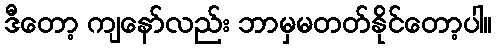
ဒီတော့ ကျနော်လည်း ဘာမှမတတ်နိုင်တော့ပါ။